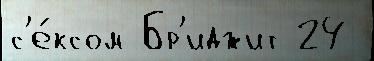
с'е́ксом Бр'иджит 24